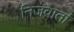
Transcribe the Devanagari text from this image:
निजवार्ता